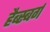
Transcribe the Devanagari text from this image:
हैब्स्बर्ग